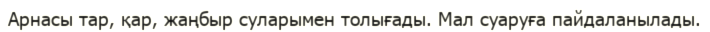
Арнасы тар, қар, жаңбыр суларымен толығады. Мал суаруға пайдаланылады.